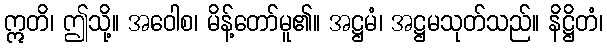
ဣတိ၊ ဤသို့။ အဝေါစ၊ မိန့်တော်မူ၏။ အဋ္ဌမံ၊ အဋ္ဌမသုတ်သည်။ နိဋ္ဌိတံ၊